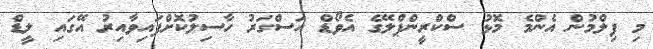
މި ފިލްމުން އެންމެ މޮޅު ސްކްރީންޕްލޭގެ އެވޯޑް އަސްގަރު ހާސިލުކޮށްފައިވާއިރު އޭގައި ލީޑް